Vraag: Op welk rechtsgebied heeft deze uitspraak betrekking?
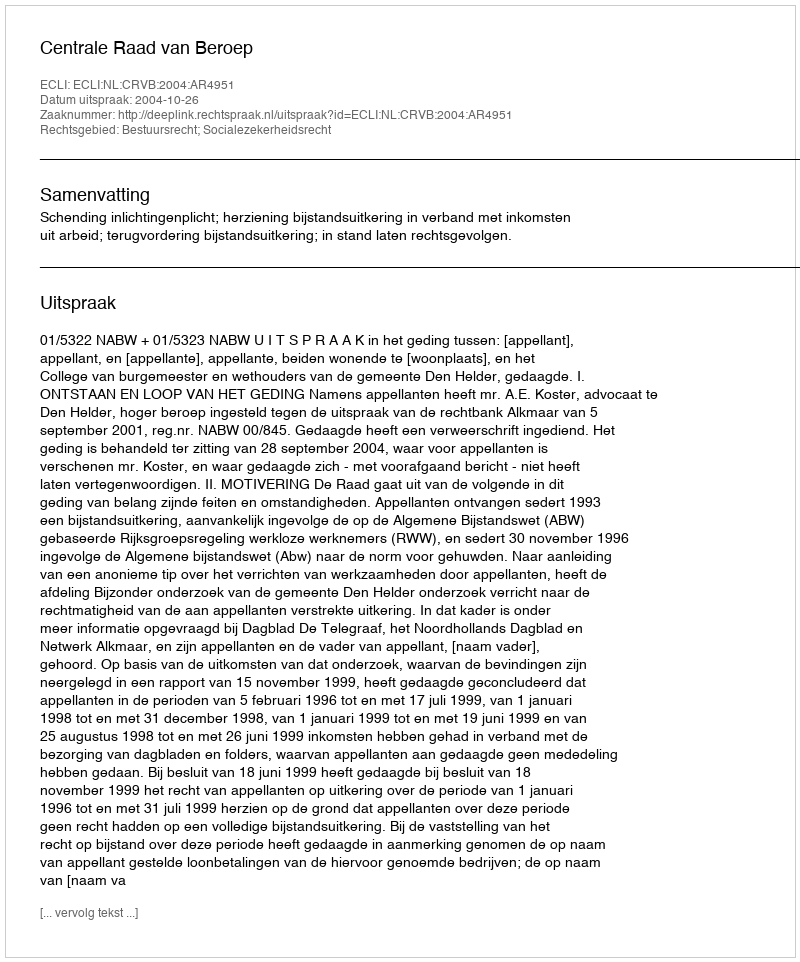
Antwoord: Bestuursrecht; Socialezekerheidsrecht